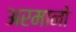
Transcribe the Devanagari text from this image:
अरमानो